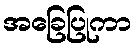
အခြေပြုကာ